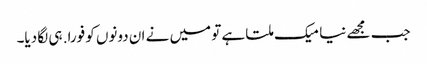
جب مجھے نیا میک ملتا ہے تو میں نے ان دونوں کو فورا. ہی لگا دیا۔